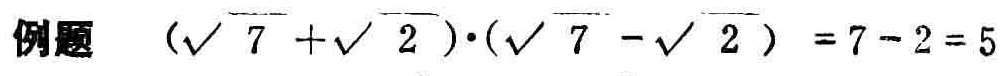
例题 \((\sqrt{7}+\sqrt{2})\cdot(\sqrt{7}-\sqrt{2}) = 7 - 2 = 5\)